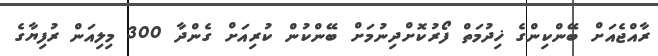
ރާއްޖެއަށް ބޭންކިންގެ ޚިދުމަތް ފޯރުކޮށްދިނުމަށް ބޭންކުން ކުރިއަށް ގެންދާ 300 މިލިއަން ރުފިޔާގެ